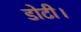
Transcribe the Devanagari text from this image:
डोटी।